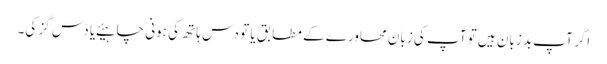
اگر آپ بد زبان ہیں تو آپ کی زبان محاورے کے مطابق یا تو دس ہاتھ کی ہونی چاہیئے یا دس گز کی۔